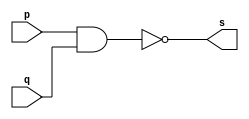
// ----------------------------------------
// Exerccio0001 - NAND
// Nome: Joo Henrique Mendes de Oliveira
// ----------------------------------------

// -------------------------
// -- nand gate
// -------------------------

module nandgate(output s, input p, input q);
	assign s = ~(p & q);
endmodule //-- end nandgate

// -------------------------
// -- test nandgate
// -------------------------

module testnandgate;
	reg a, b;
	wire s;
	
	nandgate NAND1(s, a, b);
	
	initial begin:start
		a = 0; b = 0;
	end
	
	initial begin:main
		$display("Exerccio0001 - Joo Henrique - 392734");
		$display("Test NAND gate");
		$display("\n~(a & b) = s\n");
		
		a = 0; b = 0;
	#1 $display("~(%b & %b) = %b", a, b, s);
		a = 0; b = 1;
	#1 $display("~(%b & %b) = %b", a, b, s);
		a = 1; b = 0;
	#1 $display("~(%b & %b) = %b", a, b, s);
		a = 1; b = 1;
	#1 $display("~(%b & %b) = %b", a, b, s);

	end
	
endmodule